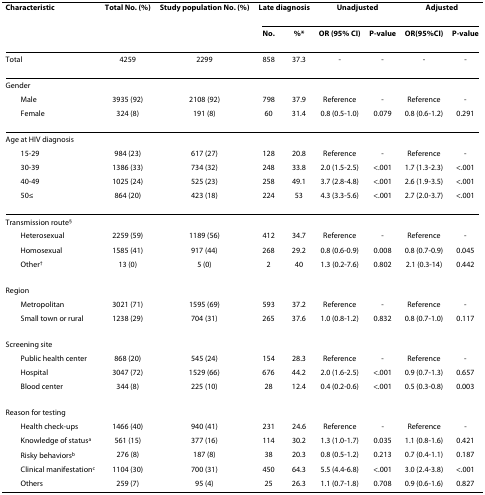
<table><thead><tr><td><b>Characteristic</b></td><td><b>Total No. (%)</b></td><td><b>Study population No. (%)</b></td><td colspan="2"><b>Late diagnosis</b></td><td colspan="2"><b>Unadjusted</b></td><td colspan="2"><b>Adjusted</b></td></tr><tr><td>[EMPTY_CELL]</td><td>[EMPTY_CELL]</td><td>[EMPTY_CELL]</td><td><b>No.</b></td><td><b>%*</b></td><td><b>OR (95% CI)</b></td><td><b>P-value</b></td><td><b>OR(95%CI)</b></td><td><b>P-value</b></td></tr></thead><tbody><tr><td>Total</td><td>4259</td><td>2299</td><td>858</td><td>37.3</td><td>-</td><td>-</td><td>-</td><td>-</td></tr><tr><td>Gender</td><td>[EMPTY_CELL]</td><td>[EMPTY_CELL]</td><td>[EMPTY_CELL]</td><td>[EMPTY_CELL]</td><td>[EMPTY_CELL]</td><td>[EMPTY_CELL]</td><td>[EMPTY_CELL]</td><td>[EMPTY_CELL]</td></tr><tr><td> Male</td><td>3935 (92)</td><td>2108 (92)</td><td>798</td><td>37.9</td><td>Reference</td><td>-</td><td>Reference</td><td>-</td></tr><tr><td> Female</td><td>324 (8)</td><td>191 (8)</td><td>60</td><td>31.4</td><td>0.8 (0.5-1.0)</td><td>0.079</td><td>0.8 (0.6-1.2)</td><td>0.291</td></tr><tr><td>Age at HIV diagnosis</td><td>[EMPTY_CELL]</td><td>[EMPTY_CELL]</td><td>[EMPTY_CELL]</td><td>[EMPTY_CELL]</td><td>[EMPTY_CELL]</td><td>[EMPTY_CELL]</td><td>[EMPTY_CELL]</td><td>[EMPTY_CELL]</td></tr><tr><td> 15-29</td><td>984 (23)</td><td>617 (27)</td><td>128</td><td>20.8</td><td>Reference</td><td>-</td><td>Reference</td><td>-</td></tr><tr><td> 30-39</td><td>1386 (33)</td><td>734 (32)</td><td>248</td><td>33.8</td><td>2.0 (1.5-2.5)</td><td>&lt;.001</td><td>1.7 (1.3-2.3)</td><td>&lt;.001</td></tr><tr><td> 40-49</td><td>1025 (24)</td><td>525 (23)</td><td>258</td><td>49.1</td><td>3.7 (2.8-4.8)</td><td>&lt;.001</td><td>2.6 (1.9-3.5)</td><td>&lt;.001</td></tr><tr><td> 50≤</td><td>864 (20)</td><td>423 (18)</td><td>224</td><td>53</td><td>4.3 (3.3-5.6)</td><td>&lt;.001</td><td>2.7 (2.0-3.7)</td><td>&lt;.001</td></tr><tr><td>Transmission route<sup>§</sup></td><td>[EMPTY_CELL]</td><td>[EMPTY_CELL]</td><td>[EMPTY_CELL]</td><td>[EMPTY_CELL]</td><td>[EMPTY_CELL]</td><td>[EMPTY_CELL]</td><td>[EMPTY_CELL]</td><td>[EMPTY_CELL]</td></tr><tr><td> Heterosexual</td><td>2259 (59)</td><td>1189 (56)</td><td>412</td><td>34.7</td><td>Reference</td><td>-</td><td>Reference</td><td>-</td></tr><tr><td> Homosexual</td><td>1585 (41)</td><td>917 (44)</td><td>268</td><td>29.2</td><td>0.8 (0.6-0.9)</td><td>0.008</td><td>0.8 (0.7-0.9)</td><td>0.045</td></tr><tr><td> Other<sup>†</sup></td><td>13 (0)</td><td>5 (0)</td><td>2</td><td>40</td><td>1.3 (0.2-7.6)</td><td>0.802</td><td>2.1 (0.3-14)</td><td>0.442</td></tr><tr><td>Region</td><td>[EMPTY_CELL]</td><td>[EMPTY_CELL]</td><td>[EMPTY_CELL]</td><td>[EMPTY_CELL]</td><td>[EMPTY_CELL]</td><td>[EMPTY_CELL]</td><td>[EMPTY_CELL]</td><td>[EMPTY_CELL]</td></tr><tr><td> Metropolitan</td><td>3021 (71)</td><td>1595 (69)</td><td>593</td><td>37.2</td><td>Reference</td><td>-</td><td>Reference</td><td>-</td></tr><tr><td> Small town or rural</td><td>1238 (29)</td><td>704 (31)</td><td>265</td><td>37.6</td><td>1.0 (0.8-1.2)</td><td>0.832</td><td>0.8 (0.7-1.0)</td><td>0.117</td></tr><tr><td>Screening site</td><td>[EMPTY_CELL]</td><td>[EMPTY_CELL]</td><td>[EMPTY_CELL]</td><td>[EMPTY_CELL]</td><td>[EMPTY_CELL]</td><td>[EMPTY_CELL]</td><td>[EMPTY_CELL]</td><td>[EMPTY_CELL]</td></tr><tr><td> Public health center</td><td>868 (20)</td><td>545 (24)</td><td>154</td><td>28.3</td><td>Reference</td><td>-</td><td>Reference</td><td>-</td></tr><tr><td> Hospital</td><td>3047 (72)</td><td>1529 (66)</td><td>676</td><td>44.2</td><td>2.0 (1.6-2.5)</td><td>&lt;.001</td><td>0.9 (0.7-1.3)</td><td>0.657</td></tr><tr><td> Blood center</td><td>344 (8)</td><td>225 (10)</td><td>28</td><td>12.4</td><td>0.4 (0.2-0.6)</td><td>&lt;.001</td><td>0.5 (0.3-0.8)</td><td>0.003</td></tr><tr><td>Reason for testing</td><td>[EMPTY_CELL]</td><td>[EMPTY_CELL]</td><td>[EMPTY_CELL]</td><td>[EMPTY_CELL]</td><td>[EMPTY_CELL]</td><td>[EMPTY_CELL]</td><td>[EMPTY_CELL]</td><td>[EMPTY_CELL]</td></tr><tr><td> Health check-ups</td><td>1466 (40)</td><td>940 (41)</td><td>231</td><td>24.6</td><td>Reference</td><td>-</td><td>Reference</td><td>-</td></tr><tr><td> Knowledge of status<sup>a</sup></td><td>561 (15)</td><td>377 (16)</td><td>114</td><td>30.2</td><td>1.3 (1.0-1.7)</td><td>0.035</td><td>1.1 (0.8-1.6)</td><td>0.421</td></tr><tr><td> Risky behaviors<sup>b</sup></td><td>276 (8)</td><td>187 (8)</td><td>38</td><td>20.3</td><td>0.8 (0.5-1.2)</td><td>0.213</td><td>0.7 (0.4-1.1)</td><td>0.187</td></tr><tr><td> Clinical manifestation<sup>c</sup></td><td>1104 (30)</td><td>700 (31)</td><td>450</td><td>64.3</td><td>5.5 (4.4-6.8)</td><td>&lt;.001</td><td>3.0 (2.4-3.8)</td><td>&lt;.001</td></tr><tr><td> Others</td><td>259 (7)</td><td>95 (4)</td><td>25</td><td>26.3</td><td>1.1 (0.7-1.8)</td><td>0.708</td><td>0.9 (0.6-1.6)</td><td>0.827</td></tr></tbody></table>